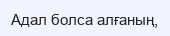
Адал болса алғаның,